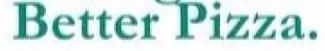
Better Pizza.